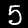
Label: 5